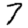
Digit: 7